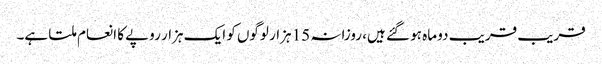
قریب قریب دو ماہ ہو گئے ہیں، روزانہ 15 ہزار لوگوں کو ایک ہزار روپے کا انعام ملتا ہے۔